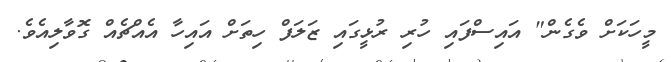
މީހަކަށް ވެގެން" އައިސްފައި ހުރި ރުޅީގައި ޒަލަފް ހިތަށް އައިހާ އެއްޗެއް ގޮވާލިއެވެ.